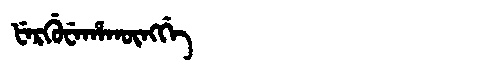
Manchu: ᡶᡝᡵᡤᡠᠸᡝᡥᠠᡴᡡᠩᡤᡝ
Romanization: FERGUWEHAKŪNGGE